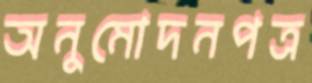
অনুমোদনপত্র